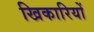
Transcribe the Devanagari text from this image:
खिकारियों